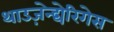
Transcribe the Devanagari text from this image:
थाउज़ेन्द्येरिगेस